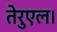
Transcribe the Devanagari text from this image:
तेरुएल।